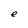
Character: e